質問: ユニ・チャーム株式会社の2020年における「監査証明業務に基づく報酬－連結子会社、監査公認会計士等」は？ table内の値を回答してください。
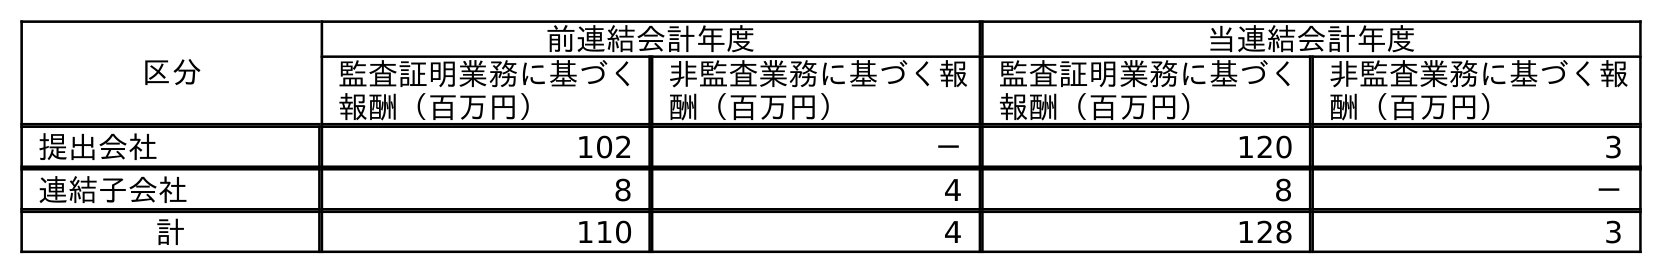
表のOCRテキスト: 区分 前連結会計年度 当連結会計年度 監査証明業務に基づく 報酬（百万円） 非監査業務に基づく報 酬（百万円） 監査証明業務に基づく 報酬（百万円） 非監査業務に基づく報 酬（百万円） 提出会社 102 － 120 3 連結子会社 8 4 8 － 計 110 4 128 3
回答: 8